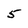
Character: 5